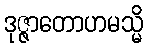
ဒုဇ္ဇာတောဟမသ္မိ